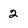
Character: 2